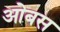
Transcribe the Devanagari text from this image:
ओबस